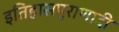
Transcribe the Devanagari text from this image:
इतिहासपुराणादी